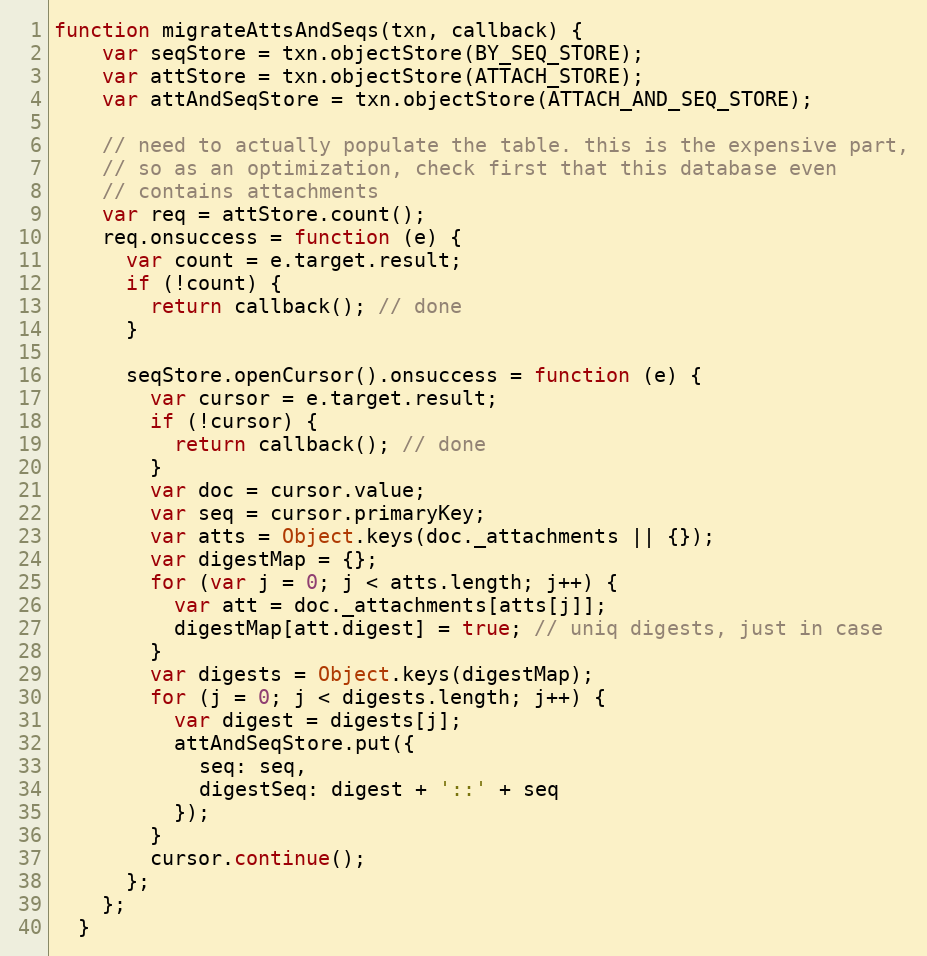
Language: JavaScript
function migrateAttsAndSeqs(txn, callback) {
    var seqStore = txn.objectStore(BY_SEQ_STORE);
    var attStore = txn.objectStore(ATTACH_STORE);
    var attAndSeqStore = txn.objectStore(ATTACH_AND_SEQ_STORE);

    // need to actually populate the table. this is the expensive part,
    // so as an optimization, check first that this database even
    // contains attachments
    var req = attStore.count();
    req.onsuccess = function (e) {
      var count = e.target.result;
      if (!count) {
        return callback(); // done
      }

      seqStore.openCursor().onsuccess = function (e) {
        var cursor = e.target.result;
        if (!cursor) {
          return callback(); // done
        }
        var doc = cursor.value;
        var seq = cursor.primaryKey;
        var atts = Object.keys(doc._attachments || {});
        var digestMap = {};
        for (var j = 0; j < atts.length; j++) {
          var att = doc._attachments[atts[j]];
          digestMap[att.digest] = true; // uniq digests, just in case
        }
        var digests = Object.keys(digestMap);
        for (j = 0; j < digests.length; j++) {
          var digest = digests[j];
          attAndSeqStore.put({
            seq: seq,
            digestSeq: digest + '::' + seq
          });
        }
        cursor.continue();
      };
    };
  }